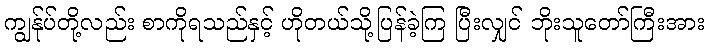
ကျွန်ုပ်တို့လည်း စာကိုရသည်နှင့် ဟိုတယ်သို့ပြန်ခဲ့ကြ ပြီးလျှင် ဘိုးသူတော်ကြီးအား